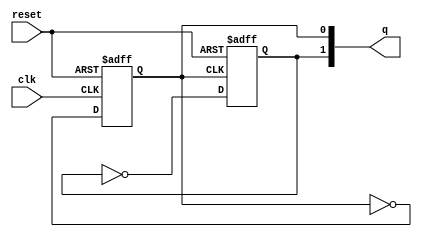
module pes_ripco(input clk , input reset , output [1:0] q);
reg [1:0]q_int;

always @ (posedge clk, posedge reset)
begin
	if(reset)
		q_int[0] <= 1'b0;
	else
		q_int[0] <= ~q_int[0];
end


always @ (posedge q_int[0], posedge reset)
begin
	
	if(reset)
		q_int[1] <= 1'b0;
	else
		q_int[1] <= ~q_int[1];

end

assign q = q_int;

endmodule

/*
module pes_ripco (
    input clk, 
    input reset, 
    output [1:0] q
);
    reg [1:0] q_int;

    always @ (posedge clk or posedge reset) begin
        if (reset) begin
            q_int <= 2'b00; // Resetting both bits
        end else begin
            q_int[0] <= ~q_int[0]; // Toggling the first bit at every clock cycle
        end
    end

    always @ (posedge clk or posedge reset) begin
        if (reset) begin
            q_int[1] <= 1'b0; // Resetting the second bit
        end else if (q_int[0] == 1'b1) begin // Toggling the second bit when the first bit is high
            q_int[1] <= ~q_int[1];
        end
    end

    assign q = q_int; // Assigning the internal register to the output

endmodule
*/